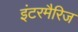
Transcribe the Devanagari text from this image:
इंटरमैरिज